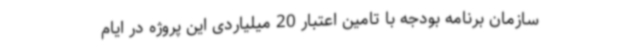
سازمان برنامه بودجه با تامین اعتبار 20 میلیاردی این پروژه در ایام